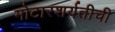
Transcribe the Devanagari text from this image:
मोटारशर्यतीची